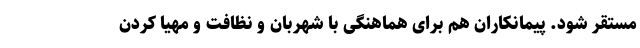
مستقر شود. پیمانکاران هم برای هماهنگی با شهربان و نظافت و مهیا کردن